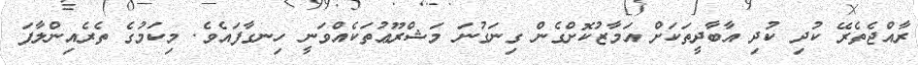
ރާއްޖެތެރޭ ކުދި ކުދި އާބާދީތަކަށް އަމާޒުކޮށްގެން ގިނަގުނަ މަޝްރޫޢުތަކެއްވަނީ ހިނގާފައެވެ. މިކަމުގެ ތެރެއިންލާފަ